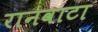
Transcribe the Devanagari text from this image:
रानवाटा